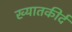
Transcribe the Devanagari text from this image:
ख्यातकीर्द